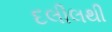
દલીલથી